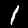
Digit: 1